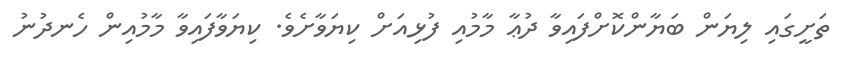
ތަށީގައި ލިޔަން ބަޔާންކޮށްފައިވާ ދުޢާ މާމުއި ފުޅިއަށް ކިޔަވާށެވެ. ކިޔަވާފައިވާ މާމުއިން ހެނދުނު